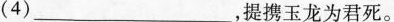
(4)___，提携玉龙为君死。